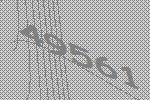
49561